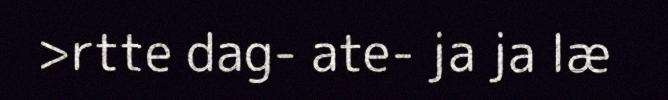
>rtte dag- ate- ja ja læ